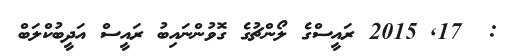
:  17